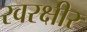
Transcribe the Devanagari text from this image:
रवरक्षीर